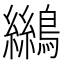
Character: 𪆓